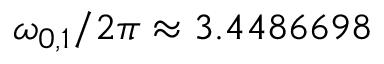
\omega _ { 0 , 1 } / 2 \pi \approx 3 . 4 4 8 6 6 9 8